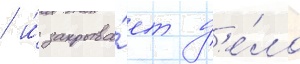
/ и́ закрыва́ет д'е́ло